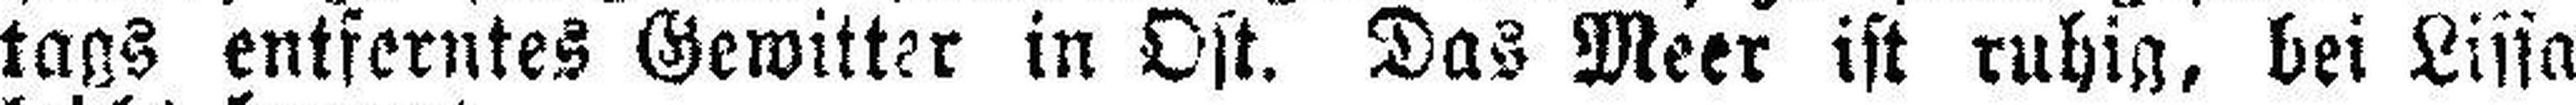
tags entferntes Gewitter in Ost. Das Meer ist ruhig, bei Lissa